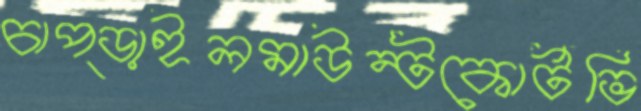
চাপ্‌ড়াইলমাউন্টকোর্টভি